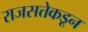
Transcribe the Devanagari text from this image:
राजसत्तेकडून